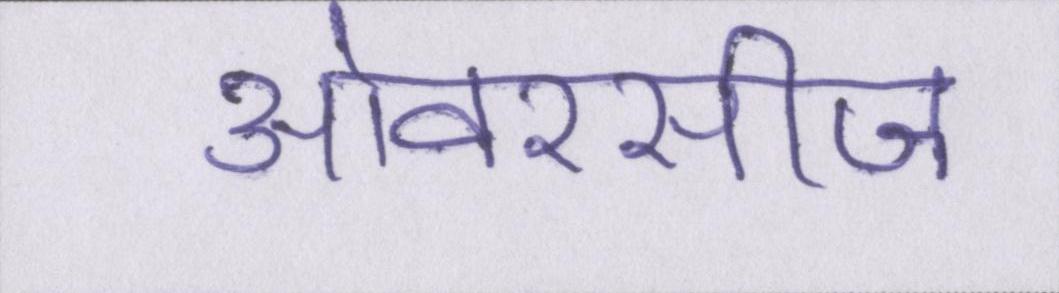
ओवरसीज